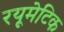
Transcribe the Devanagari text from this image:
रयूमेटिक